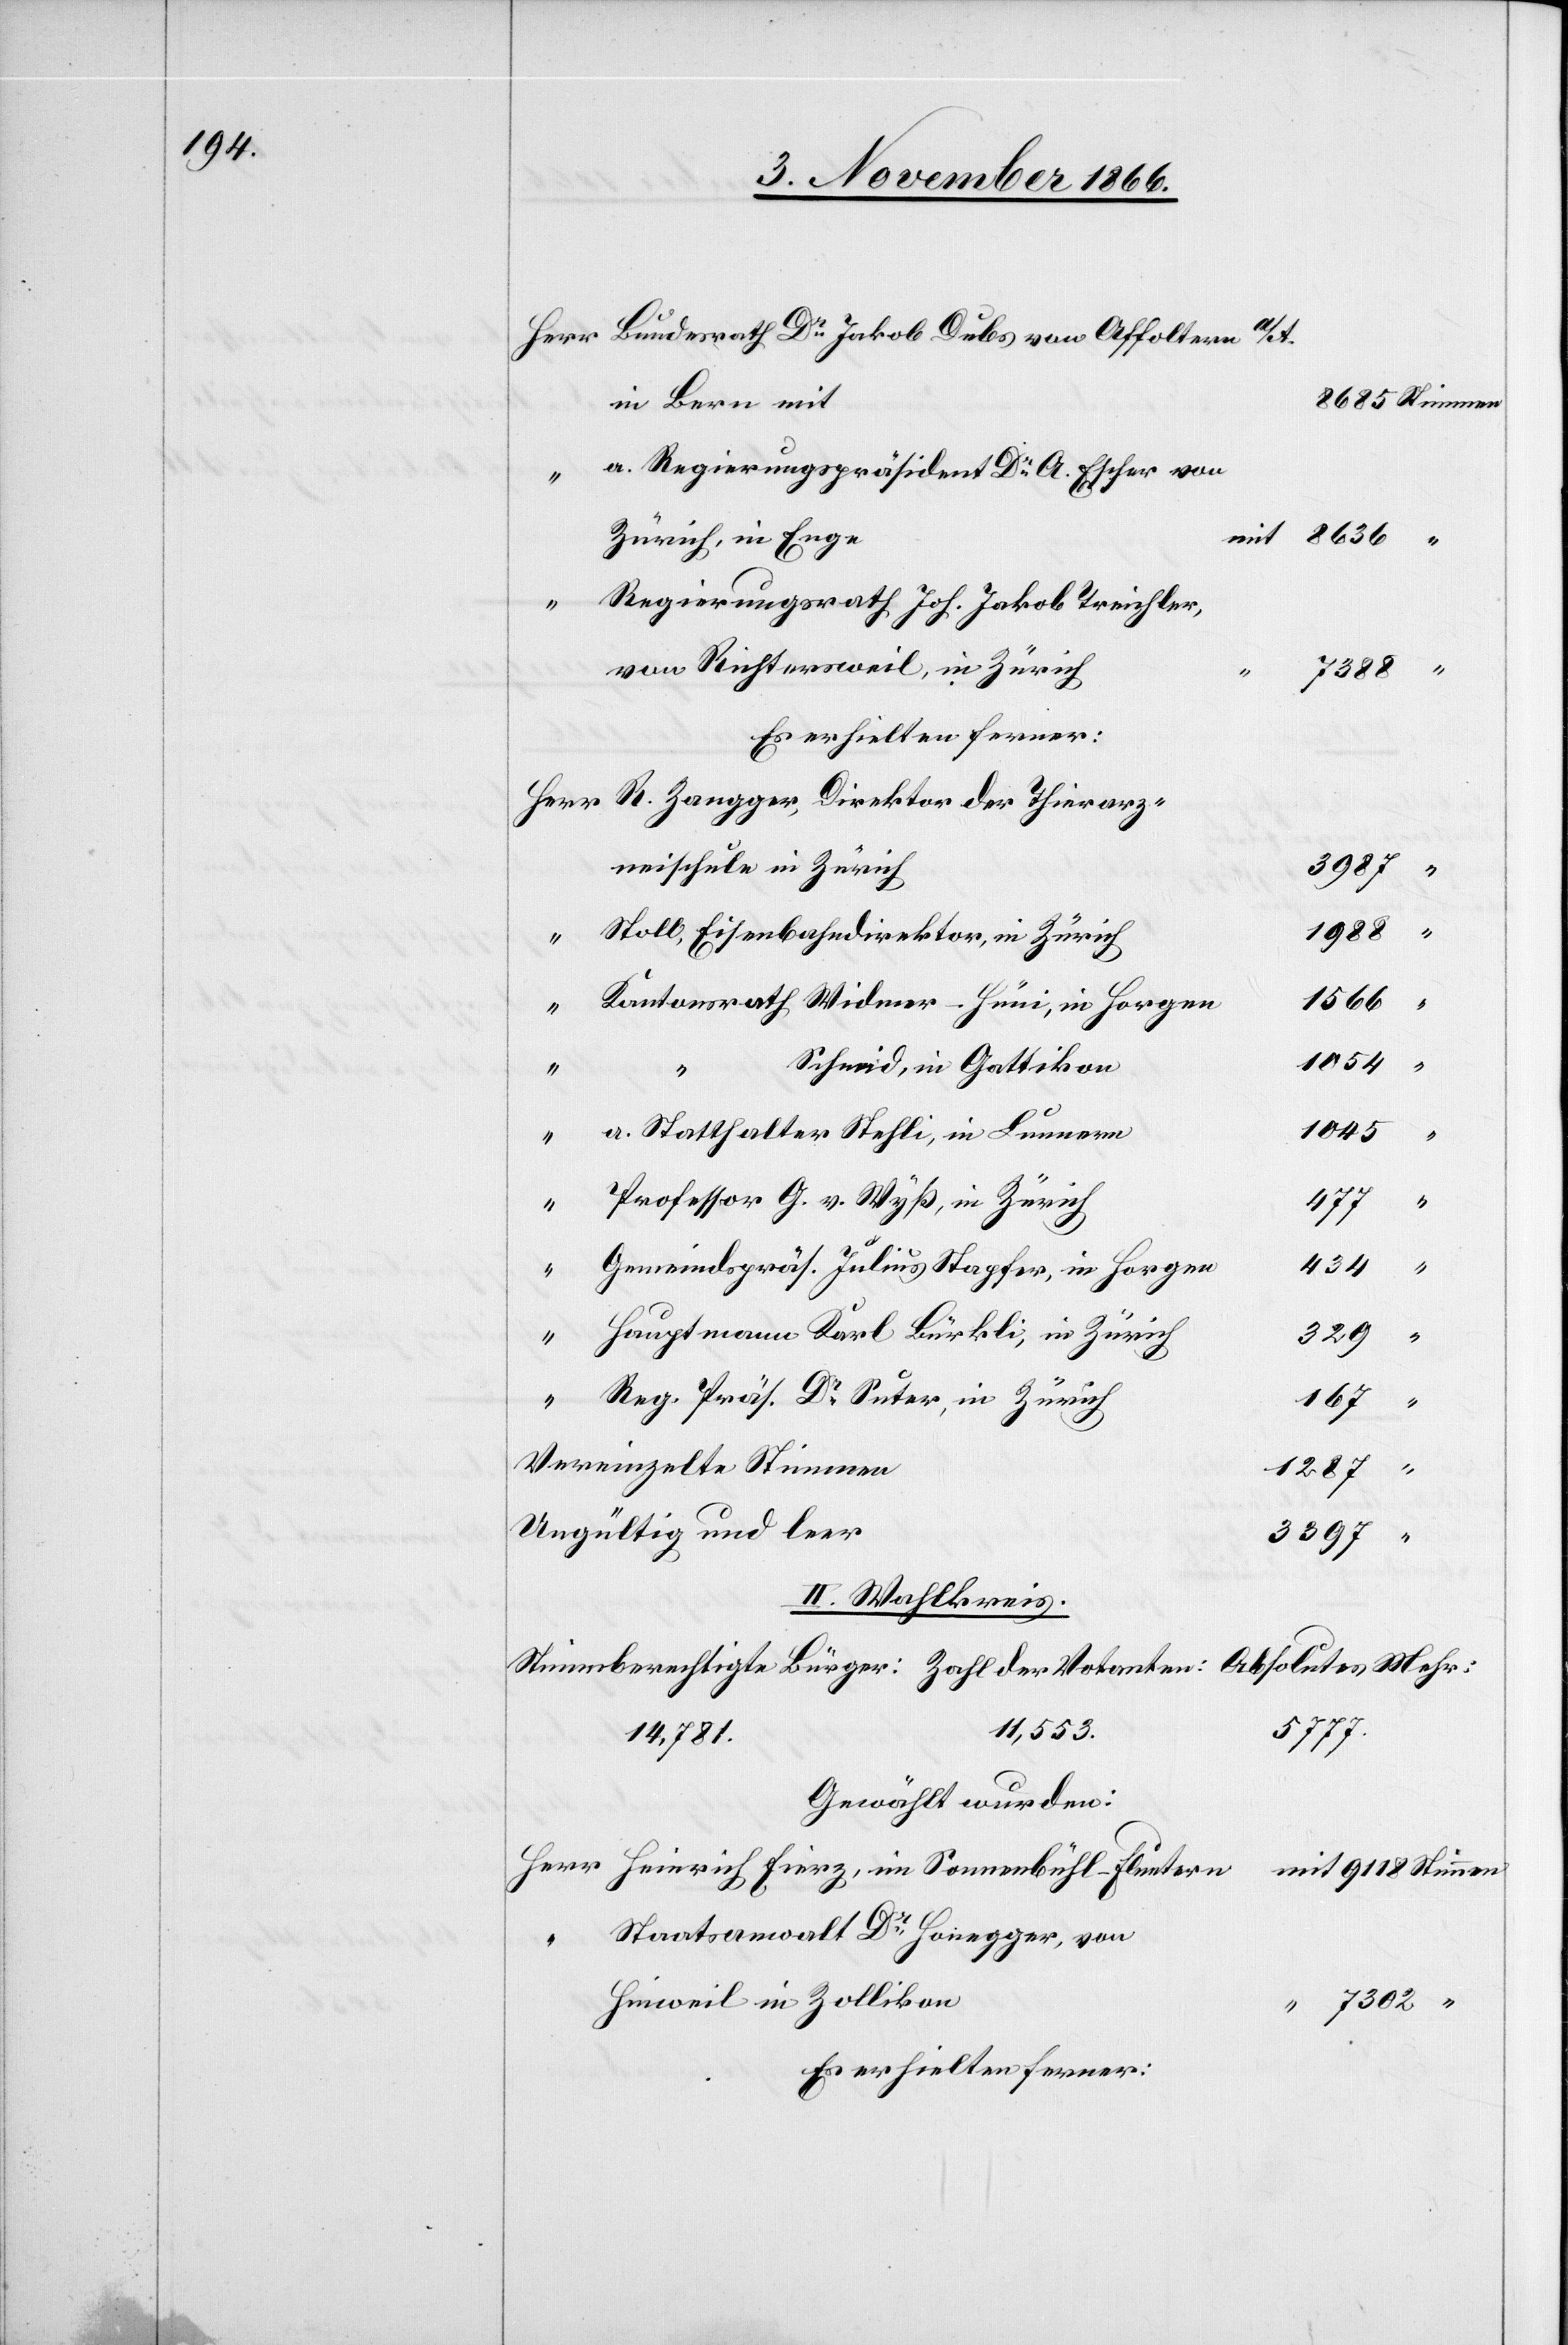
Bundesrath Dr. Jakob Dubs von Affoltern a/A.
in Bern mit
a. Regierungspräsident Dr. A. Escher von
Zürich, in Enge
Regierungsrath Joh. Jak. Treichler,
von Richtersweil, in Zürich
“
7388
Es erhielten ferner:
3987
zneischule in Zürich
“
7302
Stoll, Eisenbahndirektor, in Zürich
1566
Kantonsrath Widmer-Hüni, in Horgen
1054
Schmid, in Gattikon,
1045
a. Statthalter Stehli, in Lunnern
Professor G. v. Wyß, in Zürich
477
434
Gemeindspräs. Julius Stapfer, in Horgen
Hauptmann Karl Bürkli, in Zürich
Herr
Fierz,
Reg. Präs. Dr. Suter, in Zürich
167
“
“
“
Vereinzelte Stimmen
1287
Ungültig und leer
3397
II. Wahlkreis.
11 553.
5777.
14 781.
Gewählt wurden:
Staatsanwalt Dr. Honegger, von
Hinweil in Zollikon
Es erhielten ferner: